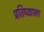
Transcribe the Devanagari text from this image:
प्रतिपक्षाला